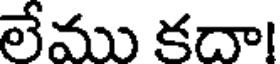
లేము కదా!